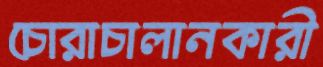
চোরাচালানকারী